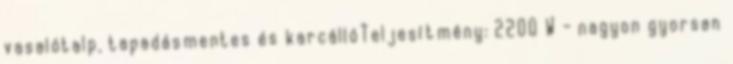
vasalótalp, tapadásmentes és karcállóTeljesítmény: 2200 W - nagyon gyorsan